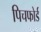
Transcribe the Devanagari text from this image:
पिचफोर्ड